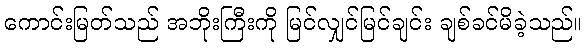
ကောင်းမြတ်သည် အဘိုးကြီးကို မြင်လျှင်မြင်ချင်း ချစ်ခင်မိခဲ့သည်။